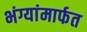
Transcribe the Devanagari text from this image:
भंग्यांमार्फत